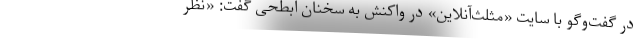
در گفت‌وگو با سایت «مثلث‌آنلاین» در واکنش به سخنان ابطحی گفت: «نظر